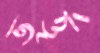
ভর্ত্তৃ